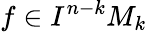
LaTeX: f\in I^{n-k}M_{k}